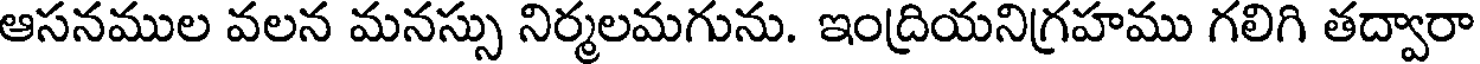
ఆసనముల వలన మనస్సు నిర్మలమగును. ఇంద్రియనిగ్రహము గలిగి తద్వారా